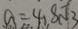
a = 4 . 8 \sqrt { 3 }